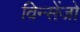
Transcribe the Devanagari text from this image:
विन्सेंजो